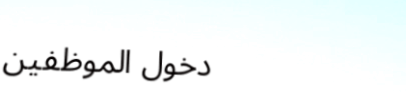
دخول الموظفين